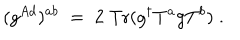
LaTeX: ( g ^ { A d } ) ^ { a b } \; = \; 2 \; \mathrm { T r } ( g ^ { \dagger } T ^ { a } g T ^ { b } ) \; .